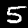
Label: 5